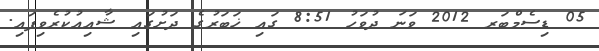
05 ޑިސެމްބަރ 2012 ވަނަ ދުވަހު 8:51 ގައި ޚަބަރުގެ ދަށުގައި ޝާއިޢުކުރެވިފައި.